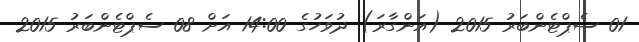
01 ސެޕްޓެންބަރު 2015 (އަންގާރަ) ދުވަހުގެ 14:00 އަށް 08 ސެޕްޓެންބަރު 2015